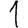
Digit: 1